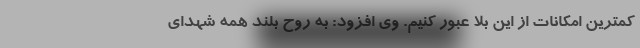
کمترین امکانات از این بلا عبور کنیم. وی افزود: به روح بلند همه شهدای